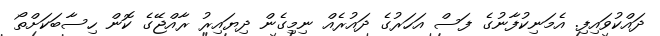
ދައްކުވައިފި. އެމަނިކުފާނުގެ ފަސް އަހަރުގެ ދައުރެއް ނިމިގެން ދިޔައިރު ރާއްޖޭގެ ކޮން ހިސާބަކަށްތޯ